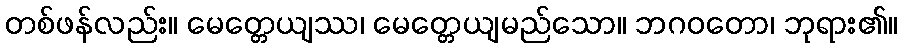
တစ်ဖန်လည်း။ မေတ္တေယျဿ၊ မေတ္တေယျမည်သော။ ဘဂဝတော၊ ဘုရား၏။